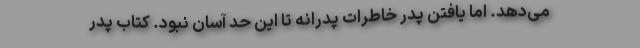
می‌دهد. اما یافتن پدر خاطرات پدرانه تا این حد آسان نبود. کتاب پدر